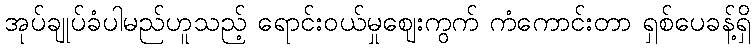
အုပ်ချုပ်ခံပါမည်ဟူသည့် ရောင်းဝယ်မှုဈေးကွက် ကံကောင်းတာ ရှစ်ပေခန့်ရှိ